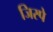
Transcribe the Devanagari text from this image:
जिस्पे